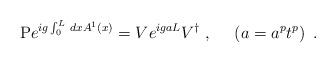
LaTeX: \begin{align*}\mbox{P} e^{ ig\int_0^L \, dx A^1(x)}= V e^{igaL}V^{\dagger} \ , \ \ \ \ \left(a= a^{p}t^{p}\right) \ .\end{align*}